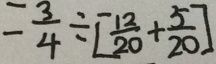
= \frac { 3 } { 4 } \div [ \frac { 1 2 } { 2 0 } + \frac { 5 } { 2 0 } ]